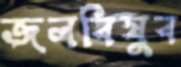
জলবিষুব